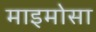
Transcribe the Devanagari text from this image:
माइमोसा